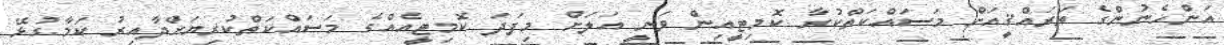
އަންހެނުންގެ ތަރައްޤީއަށް މަސައްކަތްކުރާ ކޮމިޓީއިން ވަނީ އަލަށް މިފަދަ ކޮމިޓީއެއްގެ މަސައްކަތްކުރިޔަށްދާއިރު ކަމާގުޅޭ